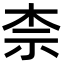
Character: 柰